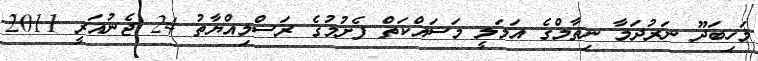
މަހިބަދޫ ނަރުދަމާ ނިޡާމްގެ އަމަލީ މަސައްކަތް ފެށުމުގެ ރަސްމިއްޔާތު 24 ޖެނުއަރީ 2011